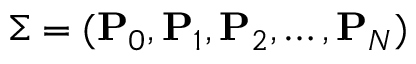
\Sigma = ( \mathbf { P } _ { 0 } , \mathbf { P } _ { 1 } , \mathbf { P } _ { 2 } , \dots , \mathbf { P } _ { N } )